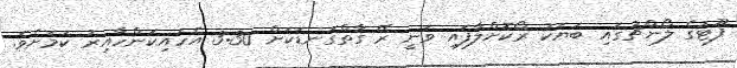
ފޫޓުގެ ލޯންޗުގައި ބަޔަކު ރޯކޮށްލާފައި ވަނީ ރޭ ގާތްގަނޑަކަށް 3:30 އެހައިކަންހާއިރު ކަމަށެވެ.